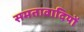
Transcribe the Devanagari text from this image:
समतावादियों